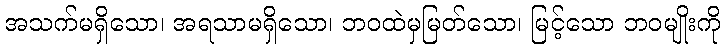
အသက်မရှိသော၊ အရသာမရှိသော၊ ဘဝထဲမှမြတ်သော၊ မြင့်သော ဘဝမျိုးကို